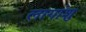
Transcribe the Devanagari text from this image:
लागांशु